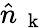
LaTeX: \hat{n}_{\mathrm{~\mathbf~k~}}